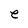
Character: e